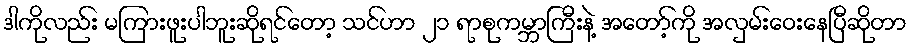
ဒါကိုလည်း မကြားဖူးပါဘူးဆိုရင်တော့ သင်ဟာ ၂၁ ရာစုကမ္ဘာကြီးနဲ့ အတော့်ကို အလှမ်းဝေးနေပြီဆိုတာ